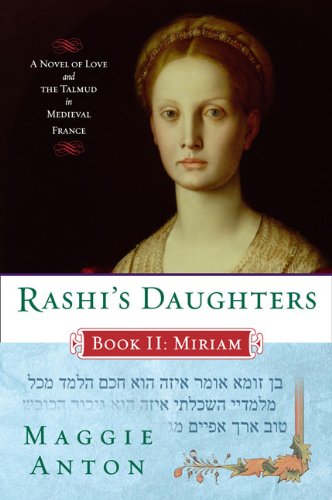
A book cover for Rashi's Daughters, Book II: Miriam: A Novel of Love and the Talmud in Medieval France; Maggie Anton; Romance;